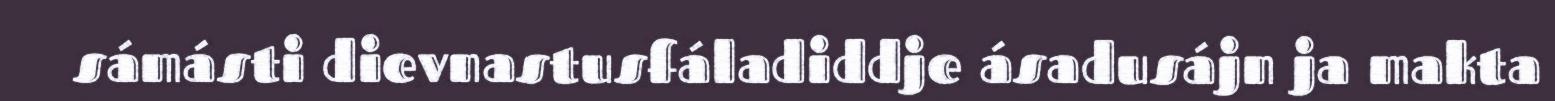
sámásti dievnastusfáladiddje ásadusájn ja makta